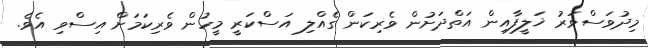
މިދުވަސްވަރު ޚަލީފާއިން އަތްދަށުން ވެރިކަން ގެއްލި އަސްކަރީ މީހުން ވެރިކަމަށް އިސްވި އެވެ.